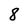
Character: 8